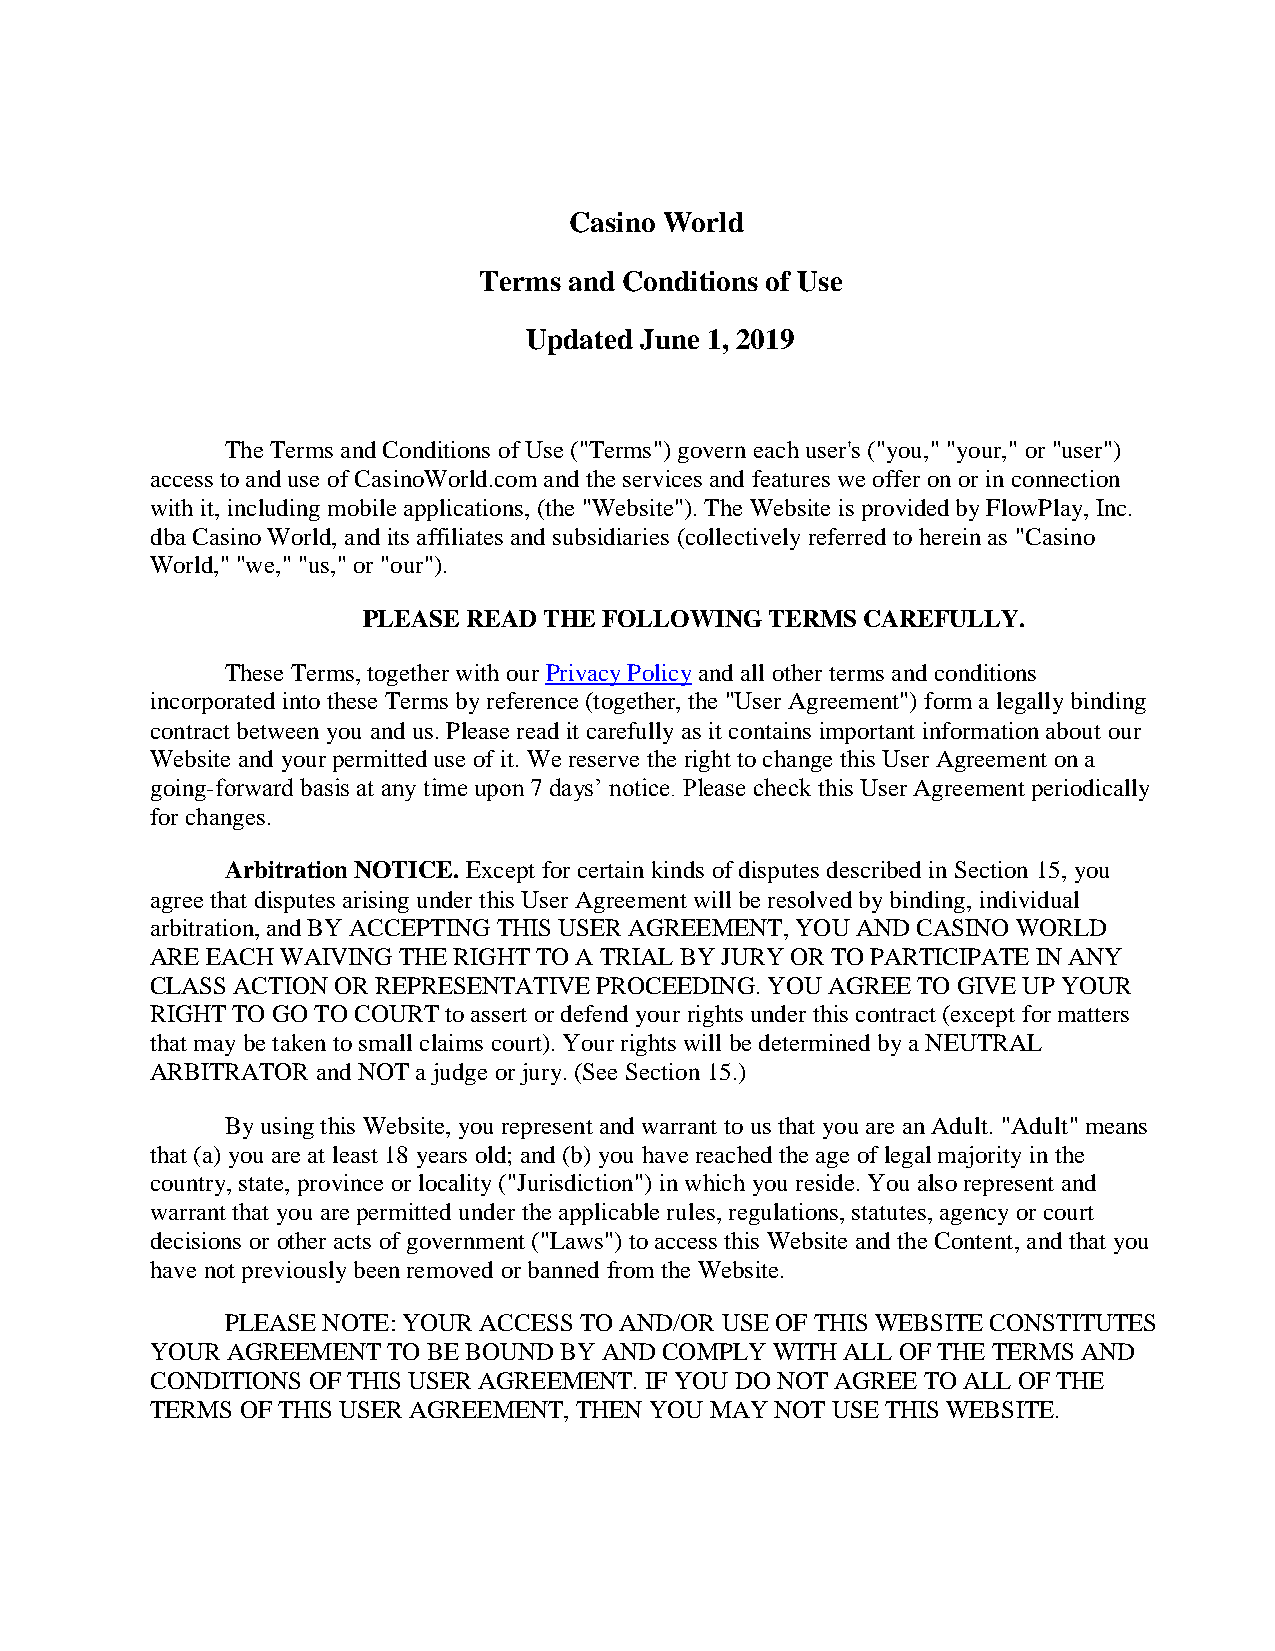
Casino World
 Terms and Conditions of Use
 Updated June 1, 2019
 The Terms and Conditions of Use ("Terms") govern each user's ("you," "your," or "user")
 access to and use of CasinoWorld.com and the services and features we offer on or in connection
 with it, including mobile applications, (the "Website"). The Website is provided by FlowPlay, Inc.
 dba Casino World, and its affiliates and subsidiaries (collectively referred to herein as "Casino
 World," "we," "us," or "our").
 PLEASE READ THE FOLLOWING  TERMS CAREFULLY.
 These Terms, together with our Privacy Policy and all other terms and conditions
 incorporated into these Terms by reference (together, the "User Agreement") form a legally binding
 contract between you and us. Please read it carefully as it contains important information about our
 Website and your permitted use of it. We reserve the right to change this User Agreement on a
 going-forward basis at any time upon 7 days’ notice. Please check this User Agreement periodically
 for changes.
 Arbitration NOTICE. Except for certain kinds of disputes described in Section 15, you
 agree that disputes arising under this User Agreement will be resolved by binding, individual
 arbitration, and BY ACCEPTING THIS USER AGREEMENT, YOU AND CASINO WORLD
 ARE EACH WAIVING THE RIGHT TO A TRIAL BY JURY OR TO PARTICIPATE IN ANY
 CLASS ACTION OR REPRESENTATIVE PROCEEDING. YOU AGREE TO GIVE UP YOUR
 RIGHT TO GO TO COURT to assert or defend your rights under this contract (except for matters
 that may be taken to small claims court). Your rights will be determined by a NEUTRAL
 ARBITRATOR and NOT a judge or jury. (See Section 15.)
 By using this Website, you represent and warrant to us that you are an Adult. "Adult" means
 that (a) you are at least 18 years old; and (b) you have reached the age of legal majority in the
 country, state, province or locality ("Jurisdiction") in which you reside. You also represent and
 warrant that you are permitted under the applicable rules, regulations, statutes, agency or court
 decisions or other acts of government ("Laws") to access this Website and the Content, and that you
 have not previously been removed or banned from the Website.
 PLEASE NOTE: YOUR ACCESS TO AND/OR USE OF THIS WEBSITE CONSTITUTES
 YOUR AGREEMENT  TO BE BOUND BY AND COMPLY WITH ALL OF THE TERMS AND
 CONDITIONS OF THIS USER AGREEMENT. IF YOU DO NOT AGREE TO ALL OF THE
 TERMS OF THIS USER AGREEMENT, THEN YOU MAY NOT USE THIS WEBSITE.